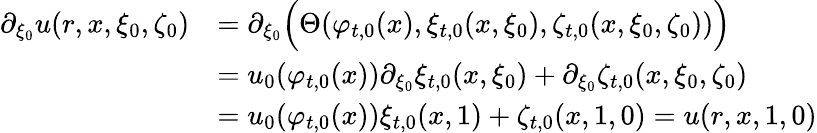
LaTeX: \begin{array}{rl}{\partial_{\xi_{0}}u(r,x,\xi_{0},\zeta_{0})}&{=\partial_{\xi_{0}}\Big(\Theta(\varphi_{t,0}(x),\xi_{t,0}(x,\xi_{0}),\zeta_{t,0}(x,\xi_{0},\zeta_{0}))\Big)}\\ &{=u_{0}(\varphi_{t,0}(x))\partial_{\xi_{0}}\xi_{t,0}(x,\xi_{0})+\partial_{\xi_{0}}\zeta_{t,0}(x,\xi_{0},\zeta_{0})}\\ &{=u_{0}(\varphi_{t,0}(x))\xi_{t,0}(x,1)+\zeta_{t,0}(x,1,0)=u(r,x,1,0)}\end{array}